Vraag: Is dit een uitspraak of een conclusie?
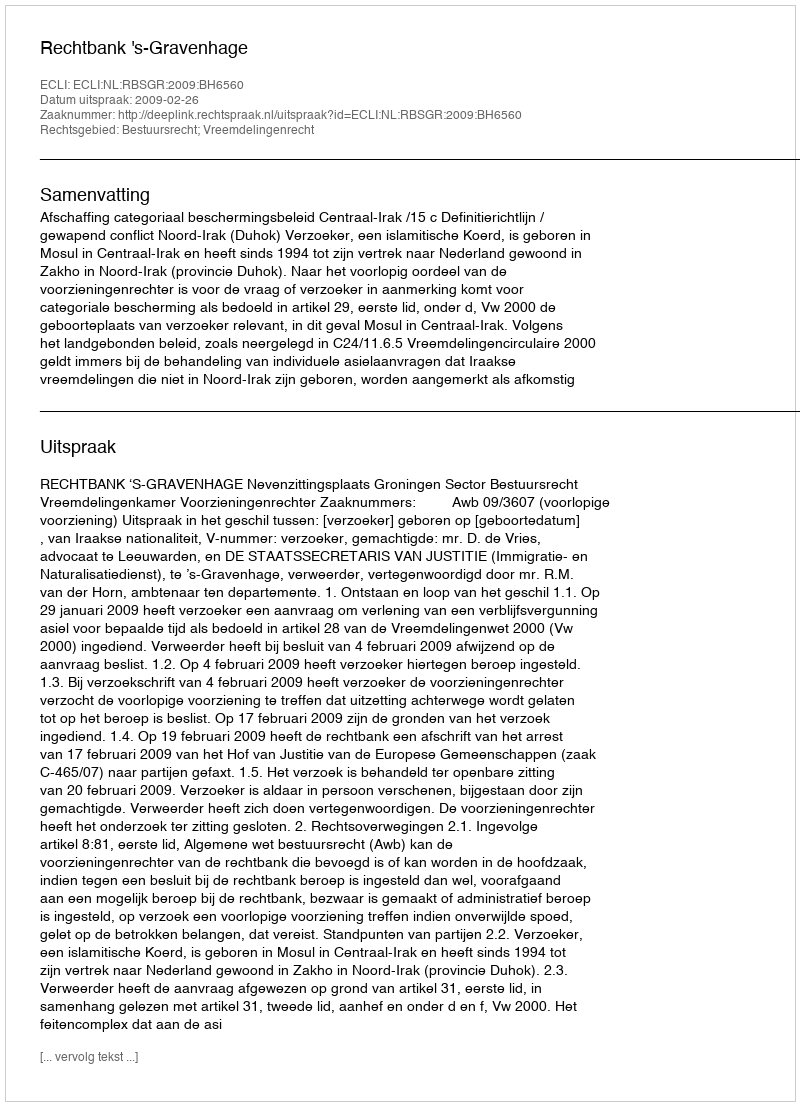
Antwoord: Uitspraak